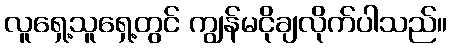
လူရှေ့သူရှေ့တွင် ကျွန်မငိုချလိုက်ပါသည်။